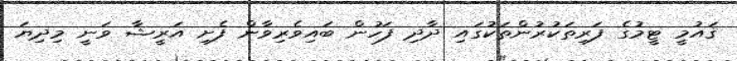
ޤައުމީ ޓީމުގެ ފަރިތަކުރުންތަކުގައި ދާދި ފަހުން ބައިވެރިވާން ފެށި އަރީޝާ ވަނީ މިދިޔަ